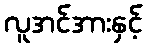
လူအင်အားနှင့်